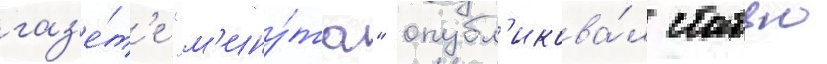
газ'е́т'е "м'ину́та" опубл'икова́л статью